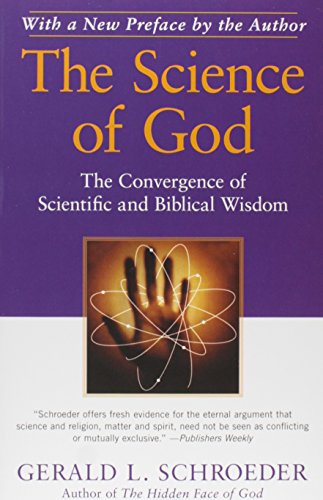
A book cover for The Science of God: The Convergence of Scientific and Biblical Wisdom; Gerald L. Schroeder Ph.D.; Religion & Spirituality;